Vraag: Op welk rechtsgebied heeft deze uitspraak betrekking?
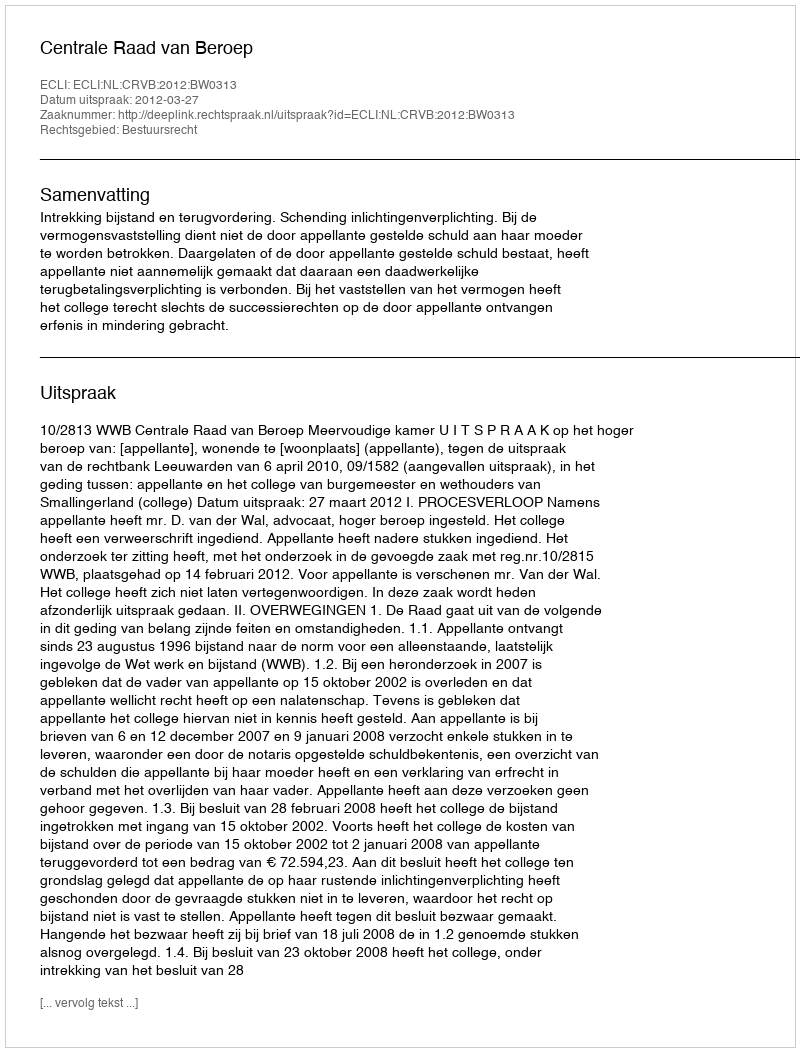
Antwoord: Bestuursrecht